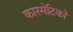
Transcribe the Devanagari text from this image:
कास्मेटिकों